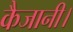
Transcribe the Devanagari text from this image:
कैजानी।